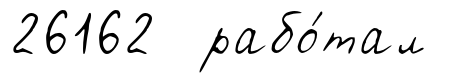
26162 рабо́тал